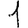
Digit: 1